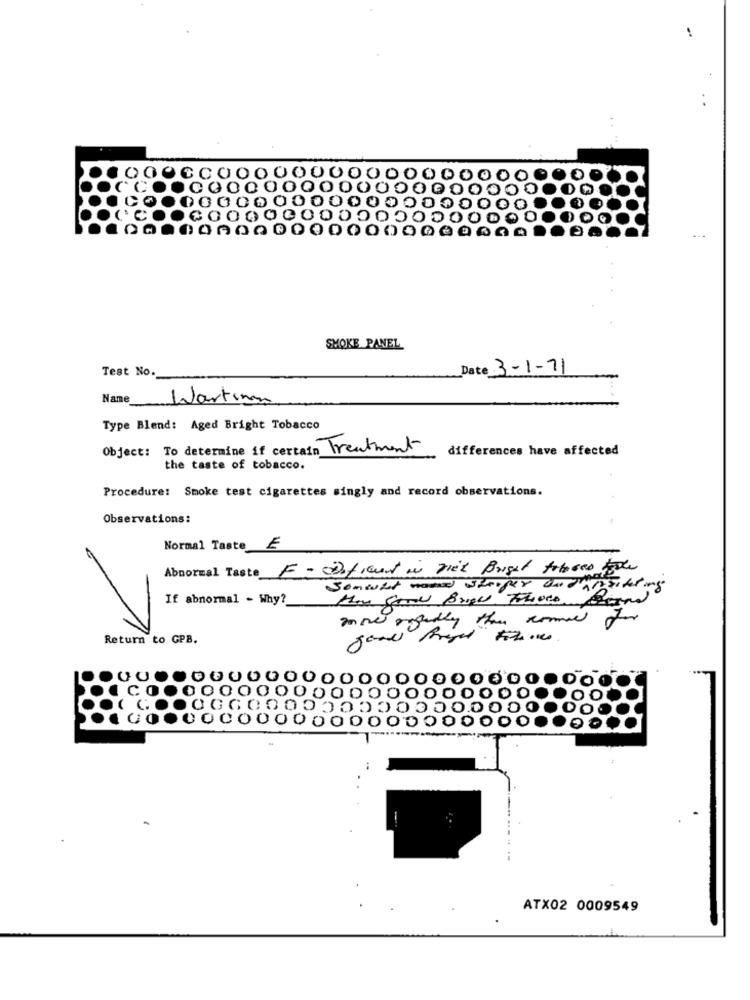
000000
O
SMOKE PANEL
Test No.
Date 3-1-71
Name
Warting
Type Blend: Aged Bright Tobacco
Object: To determine if certain Treatment
differences have affected
the taste of tobacco.
Procedure: Smoke test cigarettes singly and record observations.
Observations:
Normal Taste £
Abnormal Taste F- ODficent in fiet Bright toboro fare
Somwhat would steiger Ou d'alisitting
If abnormal - Why?
Daily the comme for
Return to GPB.
50000
O
ATX02 0009549